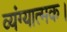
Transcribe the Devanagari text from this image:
व्यंग्यात्मक।